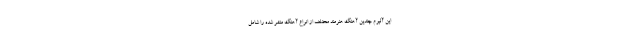
این آلبوم چندین آهنگ‌ هنرمند مختلف از انواع آهنگ‌ منشر شده را شامل